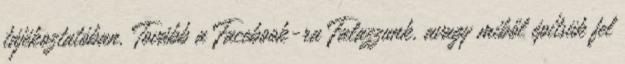
tájékoztatóban. Tovább a Facebook-ra Falazzunk, avagy miből építsük fel